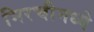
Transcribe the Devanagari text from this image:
मिरचीमध्ये